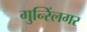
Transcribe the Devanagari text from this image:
गुन्स्लिंगर